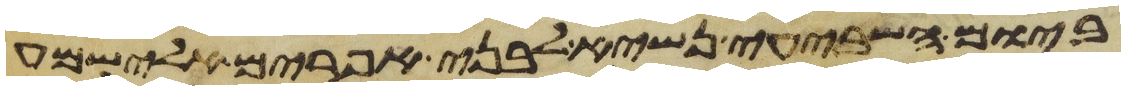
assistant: ביום השביעי נשיא לבני אפרים אלישמע